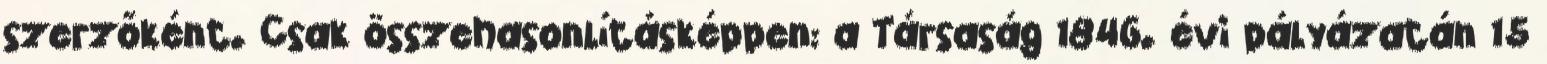
szerzőként. Csak összehasonlításképpen: a Társaság 1846. évi pályázatán 15